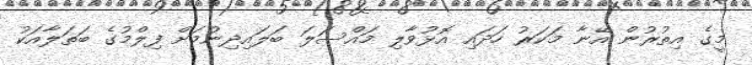
މީގެ އިތުރުން އޭނާ މަކަރު ހަދައި އޮޅުވާލި މައްސަލަ ބަލައިދިނުމަށް ފިލްމުގެ ބަތަލާއަކު